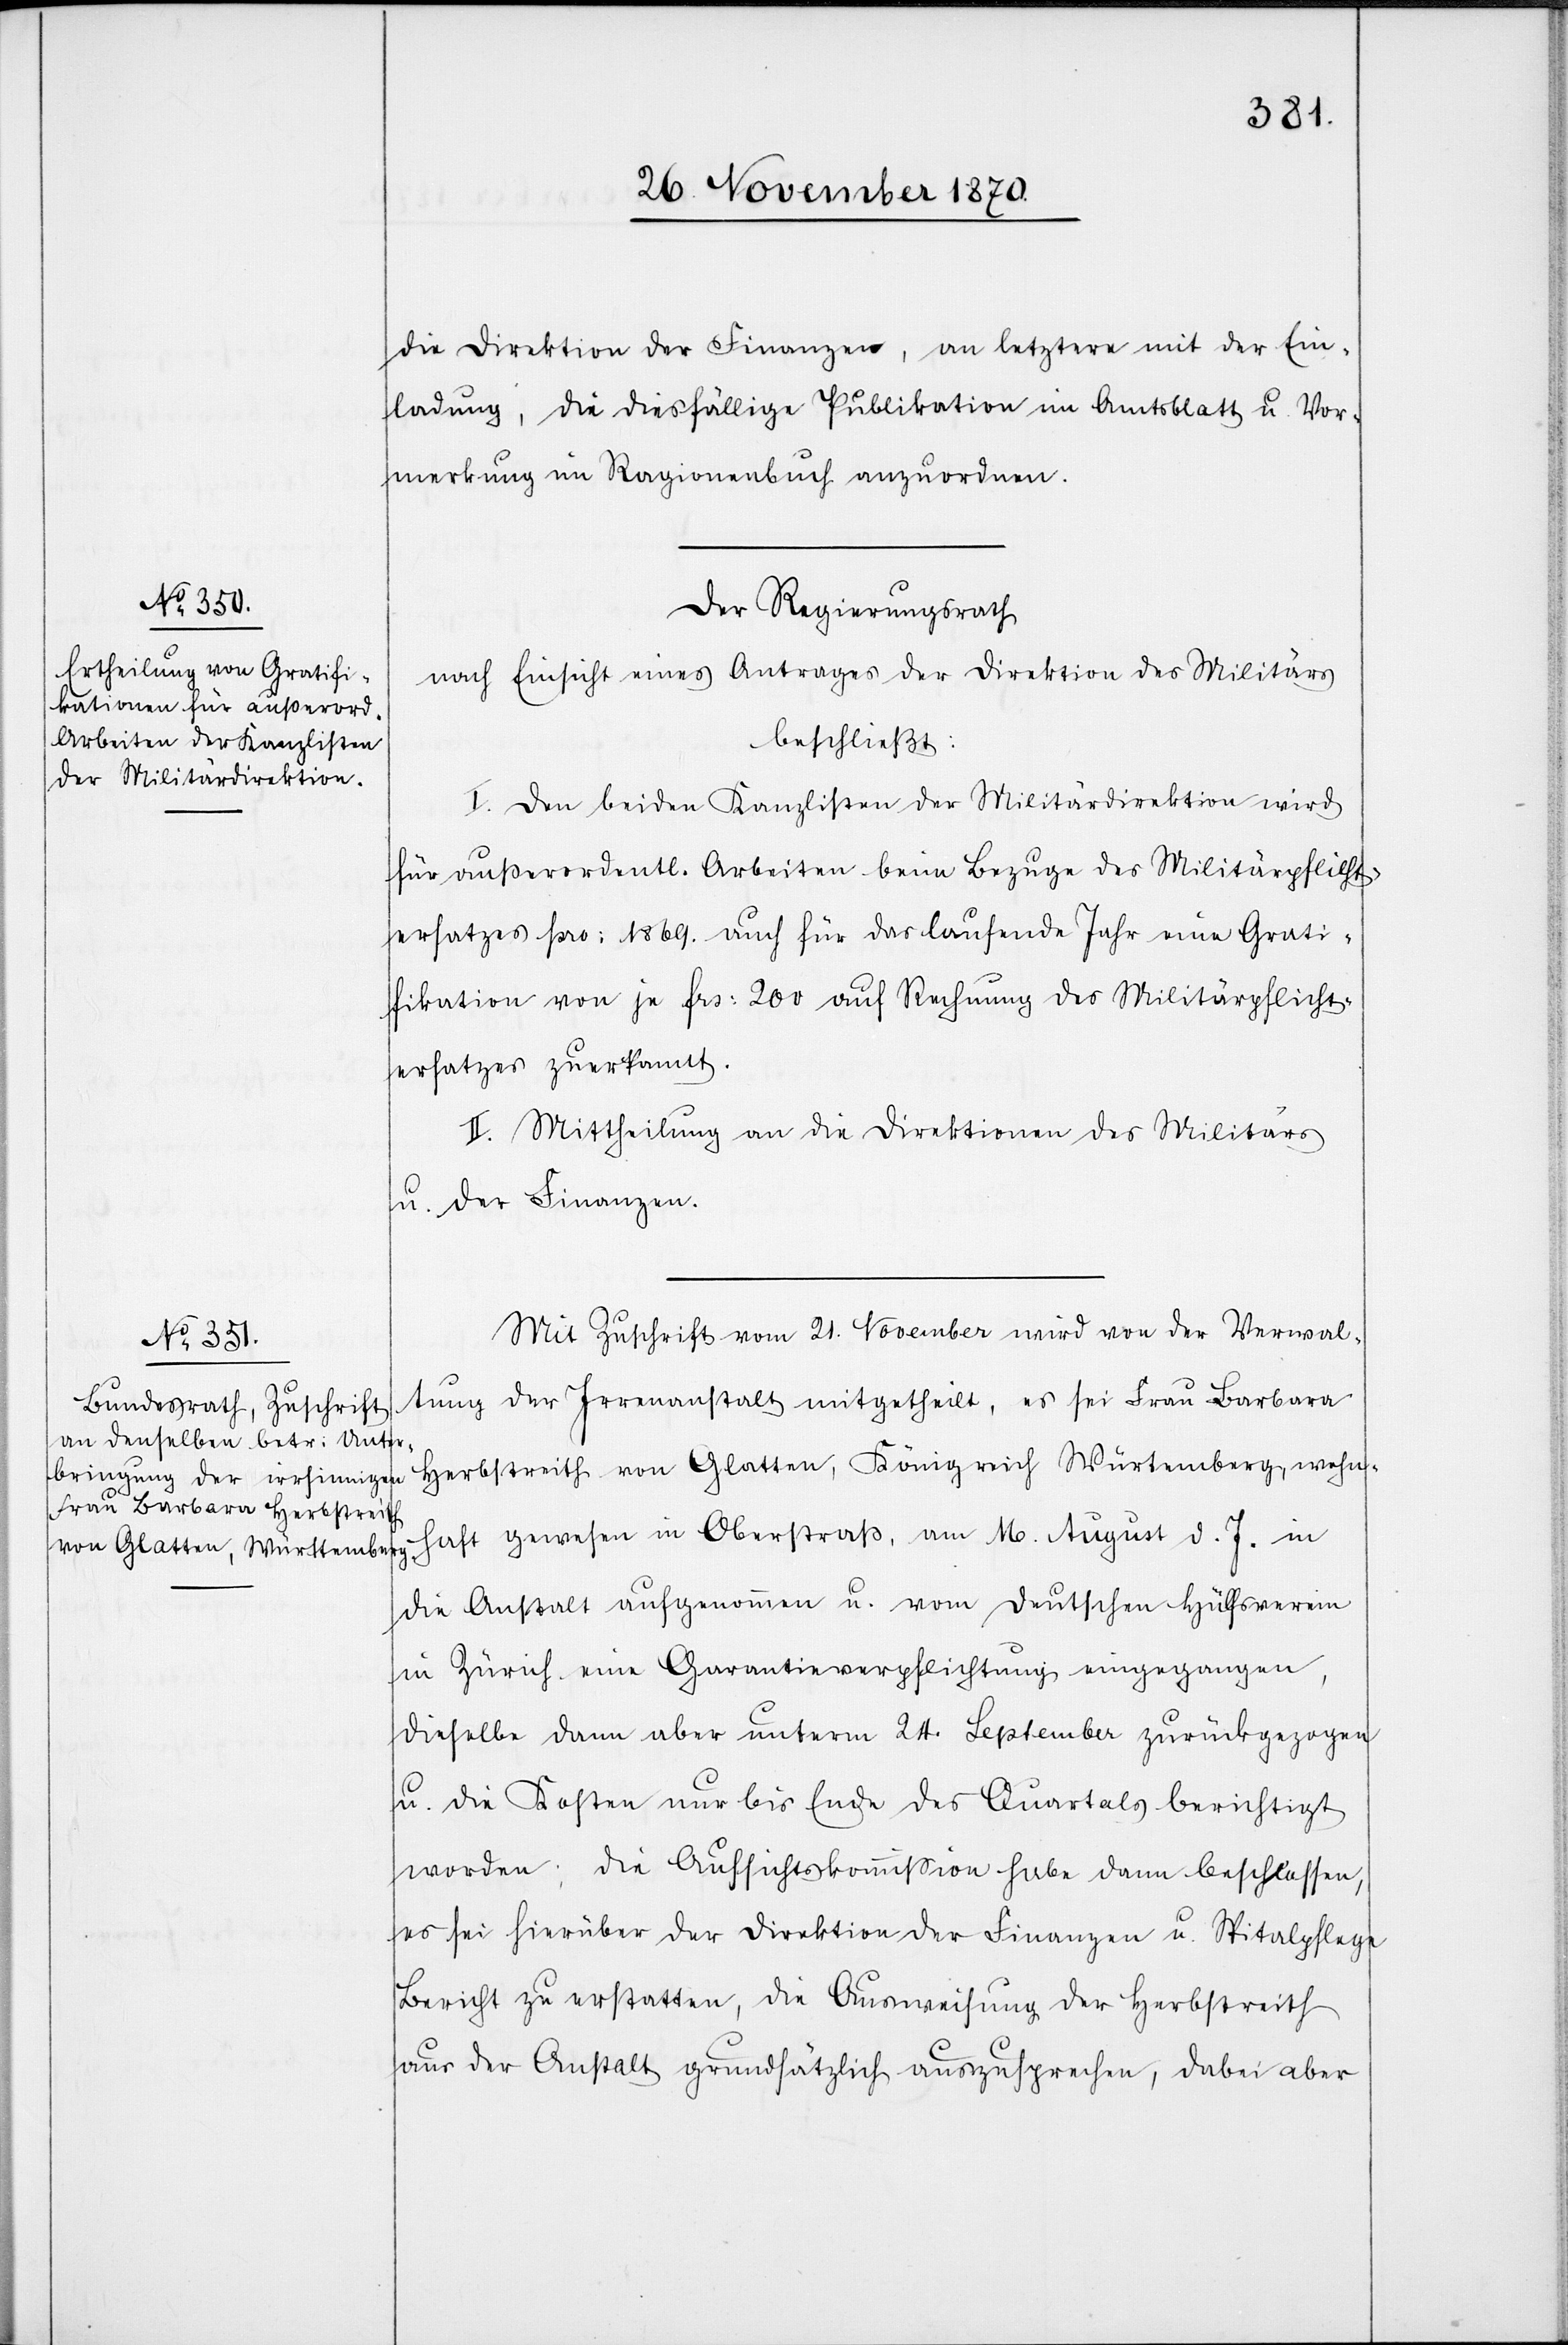
die Direktion der Finanzen, an letztere mit der Ein¬
ladung, die diesfällige Publikation im Amtsblatt u. Vor¬
merkung im Ragionenbuch anzuordnen.
Der Regierungsrath
nach Einsicht eines Antrages der Direktion des Militärs
beschließt:
I. Den beiden Kanzlisten der Militärdirektion wird
für außerordentl. Arbeiten beim Bezuge des Militärpflicht¬
ersatzes pro: 1869 auch für das laufende Jahr eine Grati¬
fikation von je Frs: 200 auf Rechnung des Militärpflicht¬
ersatzes zuerkannt.
II. Mittheilung an die Direktionen des Militärs
u. der Finanzen.
Mit Zuschrift vom 21. November wird von der Verwal¬
tung der Irrenanstalt mitgetheilt, es sei Frau Barbara
Herbstreith von Glatten, Königreich Würtemberg, wohn¬
haft gewesen in Oberstraß, am 16. August d. Js. in
die Anstalt aufgenommen u. vom deutschen Hülfsverein
in Zürich eine Garantieverpflichtung eingegangen,
dieselbe dann aber unterm 24. September zurückgezogen
u. die Kosten nur bis Ende des Quartals berichtigt
worden; die Aufsichtskommißion habe dann beschlossen,
es sei hierüber der Direktion der Finanzen u. Spitalpflege
Bericht zu erstatten, die Ausweisung der Herbstreith
aus der Anstalt grundsätzlich auszusprechen, dabei aber